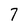
Character: 7